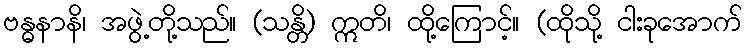
ဗန္ဓနာနိ၊ အဖွဲ့တို့သည်။ (သန္တိ) ဣတိ၊ ထို့ကြောင့်။ (ထိုသို့ ငါးခုအောက်